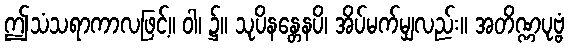
ဤသံသရာကာလဖြင့်။ ဝါ၊ ၌။ သုပိနန္တေနပိ၊ အိပ်မက်မျှလည်း။ အတိဏ္ဏပုဗ္ဗံ